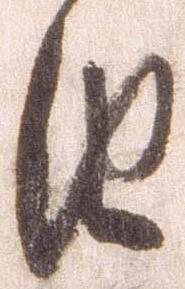
由